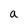
Character: a